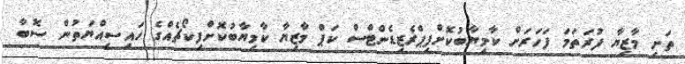
ތަށި މާޒިޔާ ފުރަތަމަ ފަހަރަށް ކާމިޔާބުކޮށްފިޕްރެޒިޑެންޓްސް ކަޕް މާޒިޔާ ކާމިޔާބުކޮށްފިކޯޗެއްގެ ހައިސިއްޔަތުން ސޮބާ